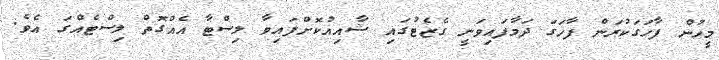
މީހުން ފާހަގަކުރަން ފާހަގަ ދަމާފައިވަނީ ގެޒެޓުގައި ޝާއިއުކޮށްފައިވާ ލިސްޓާ އެއްގޮތް ލިސްޓެއްގަ އެވެ.